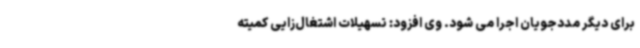
برای دیگر مددجویان اجرا می شود. وی افزود: تسهیلات اشتغال‌زایی کمیته